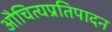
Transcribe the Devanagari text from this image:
औचित्यप्रतिपादन